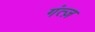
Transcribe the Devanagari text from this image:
गंत्ज़